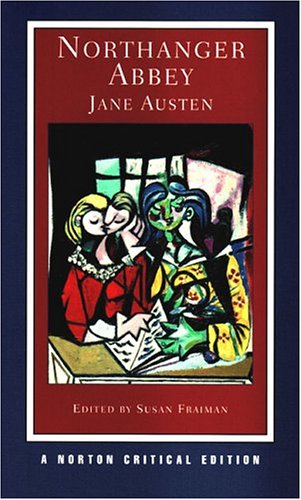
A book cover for Northanger Abbey (Norton Critical Editions); Jane Austen; Literature & Fiction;